Calcutta medical institutions reports 1892-1900
Year: 1892
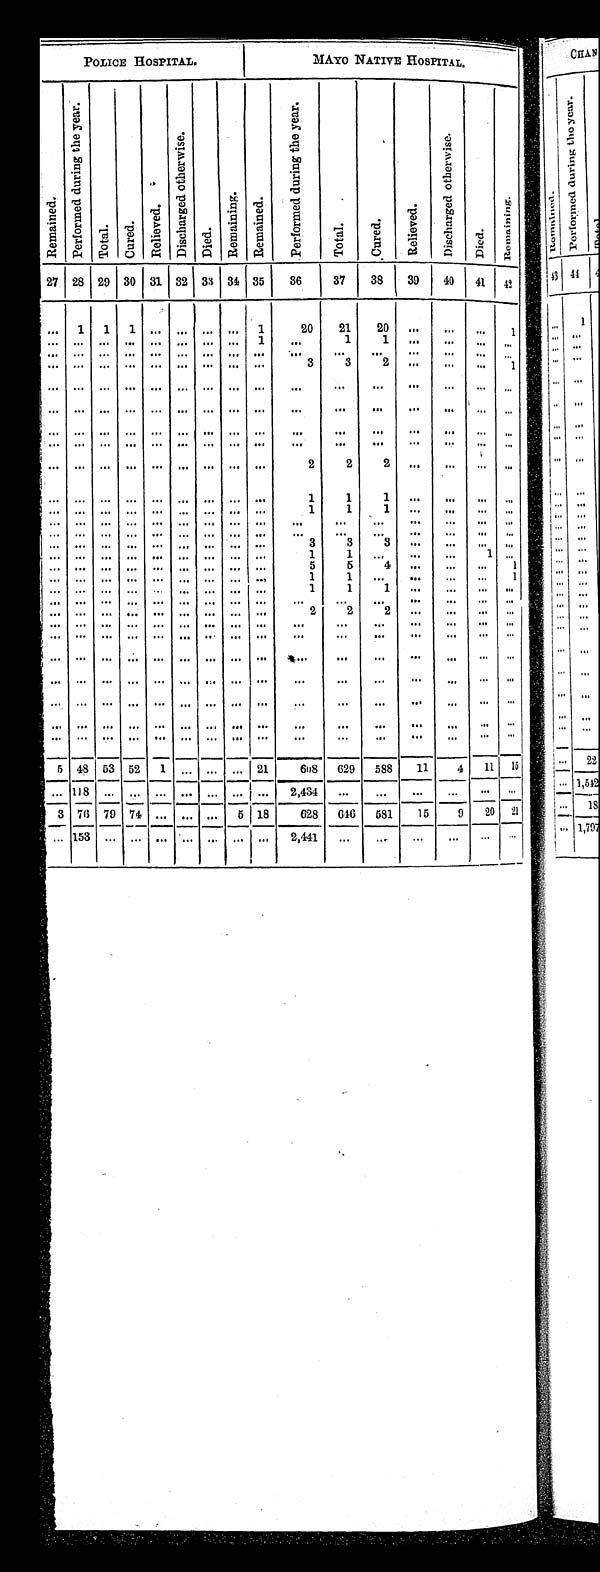
P O L I C E H O S P I T A L .
MAYO NATIVE HOSPITAL.
R e m a i n e d .
P e r f o r m e d d u r i n g t h e y e a r .
T o t a l .
Cured.
R e l i e v e d .
D i s c h a r g e d o t h e r w i s e .
Died.
R e m a i n i n g .
R e m a i n e d .
P e r f o r m e d d u r i n g t h e y e a r .
Tot al .
C u r e d .
Rel i eved.
D i s c h a r g e d o t h e r w i s e .
Died.
Re ma i ni ng.
27 28 29 30 31 32 33 34 35
36
37
38
39
4 0
41
42
. . .
1 1
1
. . .
. . .
. . .
. . .
1
20
21
20
. . .
. . . . . .
1
. . .
. . . . . .
. . .
. . .
. . .
. . .
. . .
1
. . .
1
1
. . .
. . . . . .
. . .
. . .
. . .. . .
. . .
. . .
. . .
. . .
. . .
. . .
. . .
. . .. . .
. . .
. . . . . .
. . .
. . . . . . . . . . . . . . . . . . . . . . . .
. . .
3
3 2
. . .
. . . . . .
1
. . .
. . . . . . . . . . . . . . . . . . . . . . . .
. . .
. . .
. . .
. . .
. . . . . . . . .
. . .
. . . . . . . . . . . . . . . . . . . . . . . .
. . .
. . .
. . . . . .
. . . . . . . . .
. . . . . . . . . . . . . . .
. . . . . . . . .
. . .
. . .
. . .
. . . . . .
. . . . . . . . .
. . .
. . . . . . . . . . . . . . . . . . . . . . . .
. . .
. . .
. . .
. . .
. . .
. . . . . .
. . .
. . . . . . . . . . . . . . . . . . . . . . . .
2
2
2 . . .
. . .
. . .
. . .
. . .
. . . . . . . . . . . . . . . . . . . . . . . .
1
1
1
. . .
. . .
. . .
. . .
. . . . . . . . . . . . . . . . . . . . . . . .
. . .
1
1
1
. . .
. . .
. . .
. . .
. . . . . . . . . . . . . . . . . . . . . . . .
. . .
. . .
. . .. . .
. . .
. . . . . .
. . .
. . . . . . . . . . . . . . . . . . . . . . . .
. . .
. . .
. . . . . .
. . .
. . . . . .
. . .
. . . . . . . . . . . . . . . . . . . . . . . .
. . .
3
3 3
. . .
. . . . . .
. . .
. . .
. . . . . . . . . . . . . . . . . . . . . . . .
1
1 . . .
. . .
. . . 1
. . .
. . . . . . . . . . . .
. . . . . . . . . . . .
. . .
5
5
4
. . .
. . . . . .
1
. . .
. . . . . . . . . . . . . . . . . . . . . . . .
1
1 . . .
. . .
. . . . . .
1
. . . . . . . . . . . . . . .
. . . . . . . . .
. . .
1
1 1
. . .
. . . . . .
. . .
. . . . . . . . . . . . . . . . . . . . . . . .
. . .
. . .
. . .
. . .
. . .
. . . . . .
. . .
. . .
. . . . . . . . . . . . . . . . . . . . . . . .
2
2
2
. . .
. . . . . .
. . .
. . .
. . . . . . . . . . . . . . . . . . . . . . . . . . .
. . .
. . . . . .
. . . . . . . . .
. . .
. . . . . . . . . . . . . . . . . . . . . . . . . . .
. . .
. . . . . .
. . . . . . . . .
. . .
. . . . . . . . . . . . . . . . . . . . . . . . . . .
. . .
. . .
. . .
. . .
. . .
. . .
. . .
. . . . . . . . . . . . . . . . . . . . . . . . . . .
. . .
. . . . . .
. . .
. . .
. . .
. . .
. . .
. . .
. . .
. . .
. . . . . .
. . .
. . . . . .
. . .
. . . . . .
. . . . . . . . .
. . .
. . . . . . . . . . . . . . . . . . . . . . . . . . .
. . .
. . . . . .
. . . . . . . . .
. . . . . . . . . . . . . . . . . .
. . .
. . .
. . . . . .
. . .
. . . . . .
. . . . . . . . .
5 48 53
5 2
1
. . .
. . .
. . . 21
608
6 2 9 588
11
4
1 1
15
. . .
1 1 8 . . .
. . .
. . .
. . .
. . .
. . .
. . .
2 , 4 3 4
. . .
. . .
. . .
. . . . . .
. . .
3
7 6 79 74
. . .
. . .
. . .
5 18
628
6 4 6 581
15
9
20
2 1
. . . 153 . . .
. . .
. . .
. . .
. . .
. . .
. . .
2,441
. . .
. . .
. . .
. . .
. . .
. . .